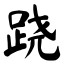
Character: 跷